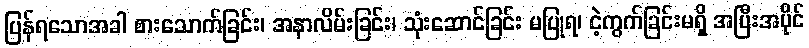
ပြန်ရသောအခါ စားသောက်ခြင်း၊ အနာလိမ်းခြင်း၊ သုံးဆောင်ခြင်း မပြုရ၊ ငဲ့ကွက်ခြင်းမရှိ အပြီးအပိုင်